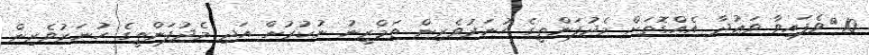
10.	ވެފައިވާ ވަޢުދާ އެއްގޮތަށް މެދުފަންތީގެ ހުނަރުވެރިން ތަމްރީނު ނުކުރުން އަދި މެދުފަންތީގެ ހުނަރުވެރިން